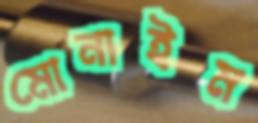
মোনাইম